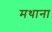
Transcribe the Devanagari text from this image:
मथाना